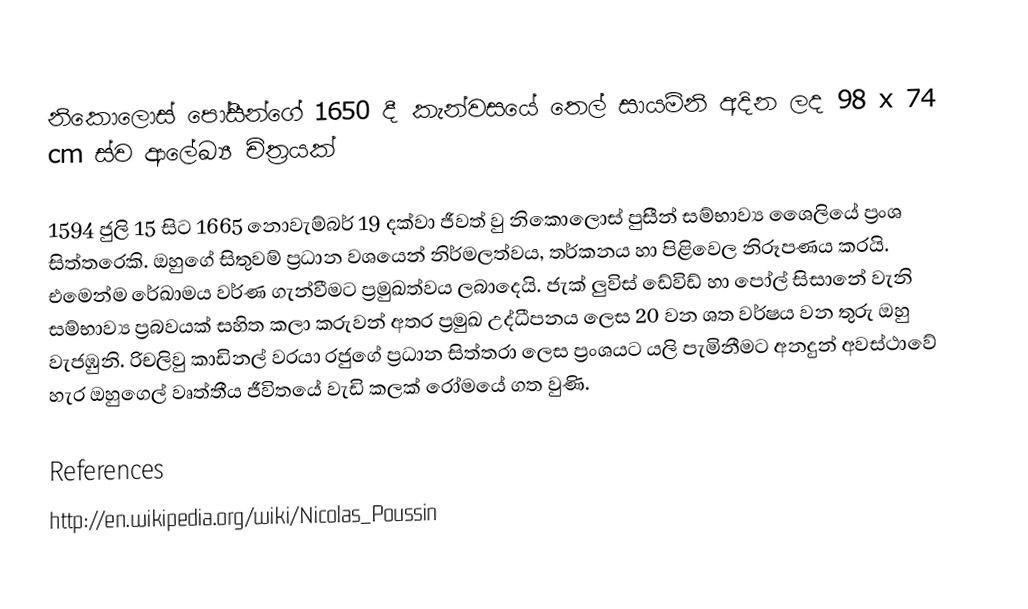
නිකොලොස් පෝසීන්ගේ 1650 දී කැන්වසයේ තෙල් සායම්නි අදින ලද 98 x 74 cm ස්ව ආලේඛ්‍ය චිත්‍රයක්

1594 ජුලි 15 සිට 1665 නොවැම්බර් 19 දක්වා ජීවත් වු නිකොලොස් ‍පුසීන් සම්භාව්‍ය ශෛලියේ ප්‍රංශ සිත්තරෙකි. ඔහුගේ සිතුවම් ප්‍රධාන වශයෙන් නිර්මලත්වය, තර්කනය හා පිළිවෙල නිරූපණය කරයි. එමෙන්ම රේඛාමය වර්ණ ගැන්වීමට ප්‍රමුඛත්වය ලබාදෙයි. ජැක් ලුවිස් ඩේවිඩ් හා පෝල් සිසානේ වැනි සම්භාව්‍ය ප්‍රබවයක් සහිත කලා කරුවන් අතර ප්‍රමුඛ උද්ධීපනය ලෙස 20 වන ශත වර්ෂය වන තුරු ඔහු වැජඹුනි. රිචලිවු කාඩිනල් වරයා රජුගේ ප්‍රධාන සිත්තරා ලෙස ප්‍රංශයට යලි පැමිනීමට අනදුන් අවස්ථාවේ හැර ඔහුගෙල් වෘත්තීය ජීවිතයේ වැඩි කලක් රෝමයේ ගත වුණි.

References
http://en.wikipedia.org/wiki/Nicolas_Poussin